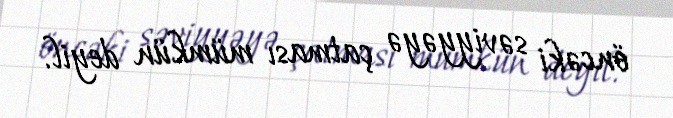
öncəki səviyyəyə çatması mümkün deyil.